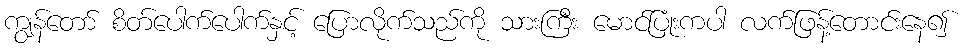
ကျွန်တော် စိတ်ပေါက်ပေါက်နှင့် ပြောလိုက်သည်ကို သားကြီး မောင်ပြုံးကပါ လက်ဖြန့်တောင်းနေ၍